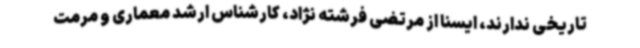
تاریخی ندارند، ایسنا از مرتضی فرشته نژاد، کارشناس ارشد معماری و مرمت